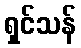
ရှင်သန်